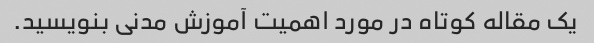
یک مقاله کوتاه در مورد اهمیت آموزش مدنی بنویسید.